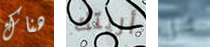
هناك أريتك هل